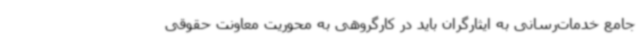
جامع خدمات‌رسانی به ایثارگران باید در کارگروهی به محوریت معاونت حقوقی